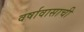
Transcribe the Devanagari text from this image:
वर्षावासाची